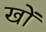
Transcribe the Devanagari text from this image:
खोें